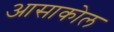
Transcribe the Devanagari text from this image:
आसाकोल